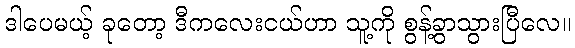
ဒါပေမယ့် ခုတော့ ဒီကလေးငယ်ဟာ သူ့ကို စွန့်ခွာသွားပြီလေ။